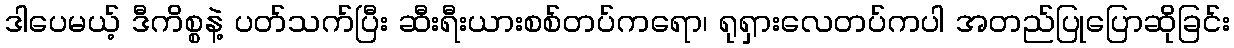
ဒါပေမယ့် ဒီကိစ္စနဲ့ ပတ်သက်ပြီး ဆီးရီးယားစစ်တပ်ကရော၊ ရုရှားလေတပ်ကပါ အတည်ပြုပြောဆိုခြင်း